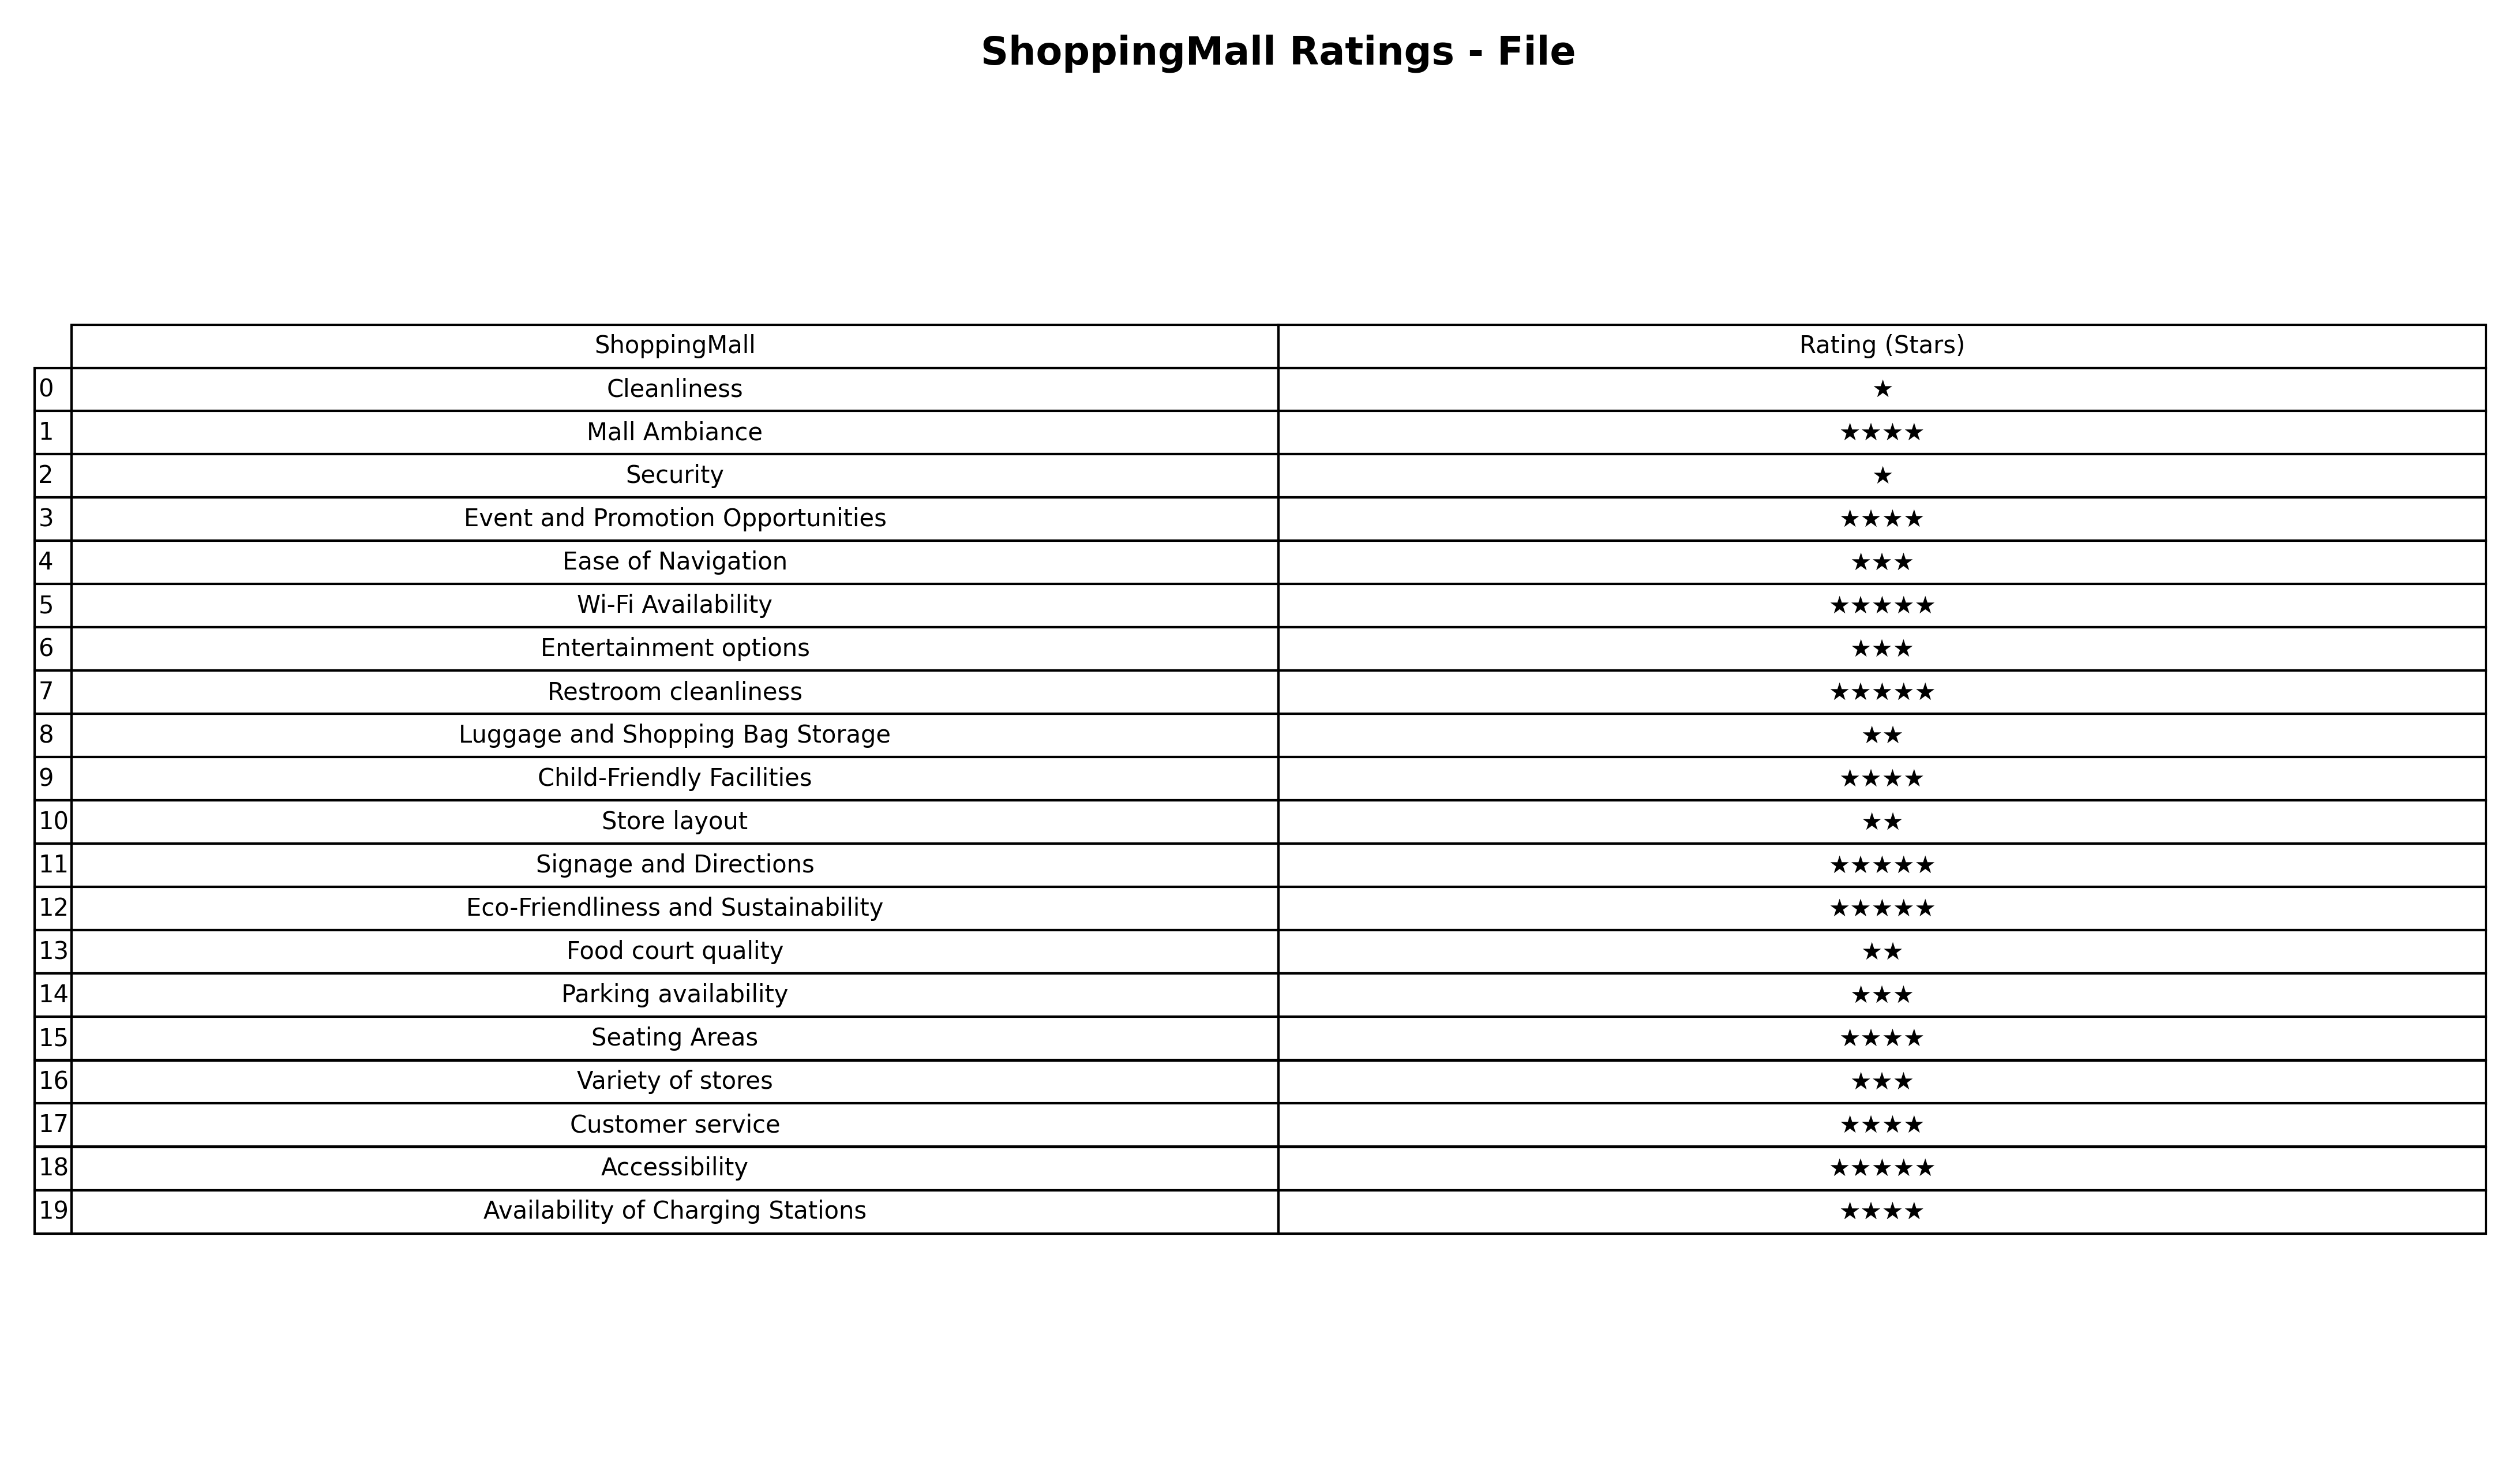
question: What is the rating of Seating Areas?
answer: ★★★★